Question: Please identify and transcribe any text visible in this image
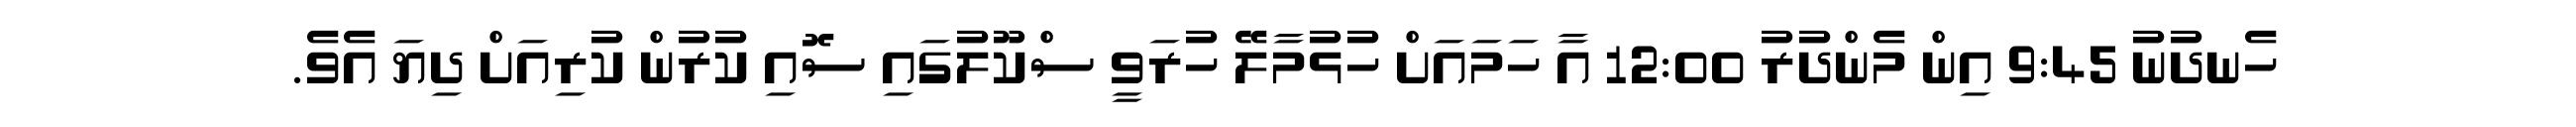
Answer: ހެނދުނު 9:45 އިން މެންދުރު 12:00 އާ ހަމައަށް ހުޅުމާލޭ ހުރަވީ ސްކޫލުގައި ސޮއި ކުރުން ކުރިއަށް ދިޔަ އެވެ.